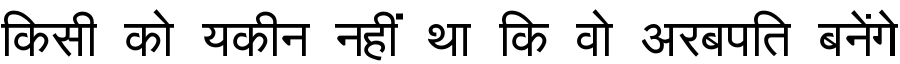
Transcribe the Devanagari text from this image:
किसी को यकीन नहीं था कि वो अरबपति बनेंगे